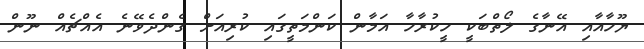
ޔޫހާއާއި އޭނާގެ ލޯތްބަކީ ހީކުރާހާ އަމާން ކަންމަތީގައި ކުރިއަށް ގެންދެވޭނެ އެއްޗެއް ނޫން